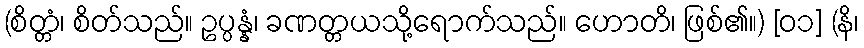
(စိတ္တံ၊ စိတ်သည်။ ဥပ္ပန္နံ၊ ခဏတ္တယသို့ရောက်သည်။ ဟောတိ၊ ဖြစ်၏။) [၀၁] (နိ၊